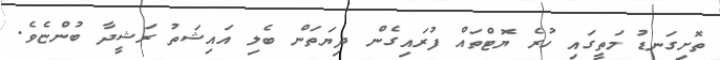
ތޮށިގަނޑު މަތީގައި ހުރެ ޔޮޓްތައް ފުރައިގެން ދިޔަތަން ބެލި އައިޝަތު ރަޝީދާ ބުންޏެވެ.